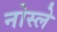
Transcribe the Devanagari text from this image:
नोस्ले